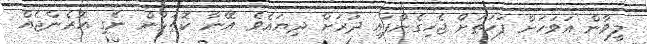
ލީވާން އަވަހަށް ފަހަތަށް ޖެހިގެންފައި ދުރަށް ދިޔައެވެ. އޭނާ ކޮތަޅުން ނެގި އޮރެންޖެއް